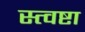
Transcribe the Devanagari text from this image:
स्त्वष्टा